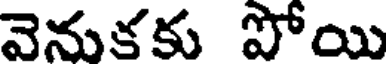
వెనుకకు పోయి